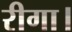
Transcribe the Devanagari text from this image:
रीगा।